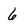
Character: 6